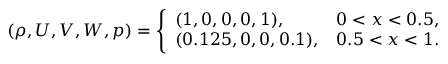
( \rho , U , V , W , p ) = \left\{ \begin{array} { l l } { ( 1 , 0 , 0 , 0 , 1 ) , } & { 0 < x < 0 . 5 , } \\ { ( 0 . 1 2 5 , 0 , 0 , 0 . 1 ) , } & { 0 . 5 < x < 1 . } \end{array} \right.